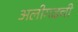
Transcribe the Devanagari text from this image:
अलीगढची